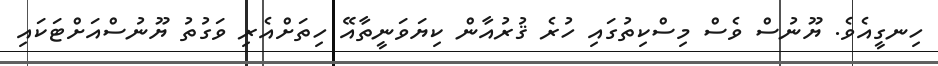
ހިނގީއެވެ. ޔޫނުސް ވެސް މިސްކިތުގައި ހުރެ ޤުރުއާން ކިޔަވަނީތާއޭ ހިތަށްއެރި ވަގުތު ޔޫނުސްއަށްޓަކައި